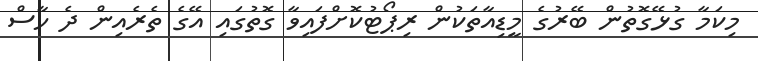
މިކަމާ ގުޅޭގޮތުން ބޭރުގެ މީޑިއާތަކުން ރިޕޯޓުކޮށްފައިވާ ގޮތުގައި އޭގެ ތެރެއިން ދެ ހާސް